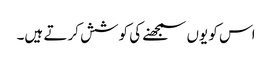
اس کو یوں سمجھنے کی کوشش کرتے ہیں۔